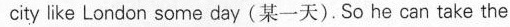
city like London some day(某一天) . So he can take the